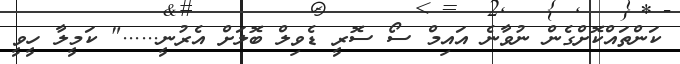
ކަންތައްކޮށްގެން ނުވާނެ އައިމް ސޯ ސޮރީ ޑެވިލް ބޮލަށް އެރުނީ......" ކަމީލާ ހީވީ